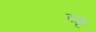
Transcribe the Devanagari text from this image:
वृक्ष